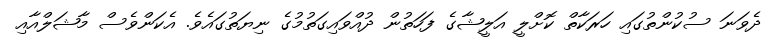
ދެވަނަ ސުކުންތުގައި ހަރަކާތް ކޮށްލީ އަލީޝާގެ ފަހަތުން ދުއްވައިގަތުމުގެ ނިޔަތުގައެވެ. އެކަންވެސް މާޝަލްއާއި